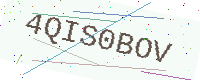
Text: 4QIS0BOV